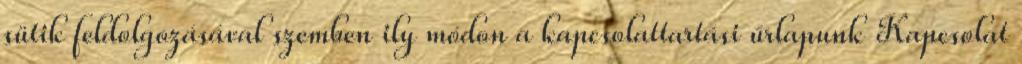
sütik feldolgozásával szemben ily módon a kapcsolattartási űrlapunk Kapcsolat